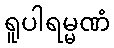
ရူပါရမ္မဏံ